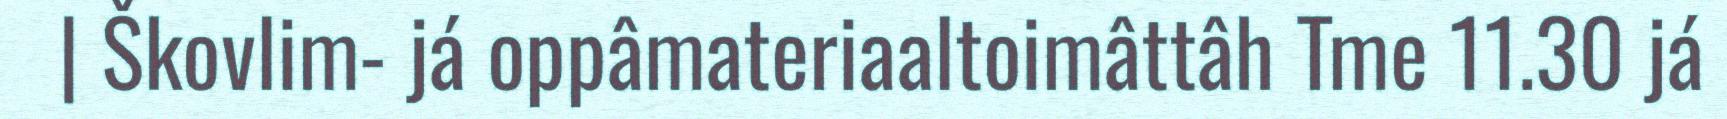
| Škovlim- já oppâmateriaaltoimâttâh Tme 11.30 já